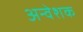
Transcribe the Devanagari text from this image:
अन्वेशक